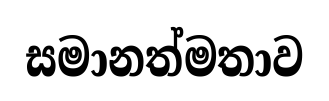
සමානත්මතාව